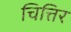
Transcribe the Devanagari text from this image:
चित्तिर